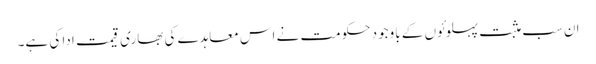
ان سب مثبت پہلوئوں کے باوجود حکومت نے اس معاہدے کی بھاری قیمت ادا کی ہے۔